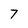
Character: 7